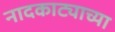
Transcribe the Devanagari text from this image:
नादकाट्याच्या